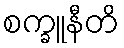
စက္ခူနီတိ